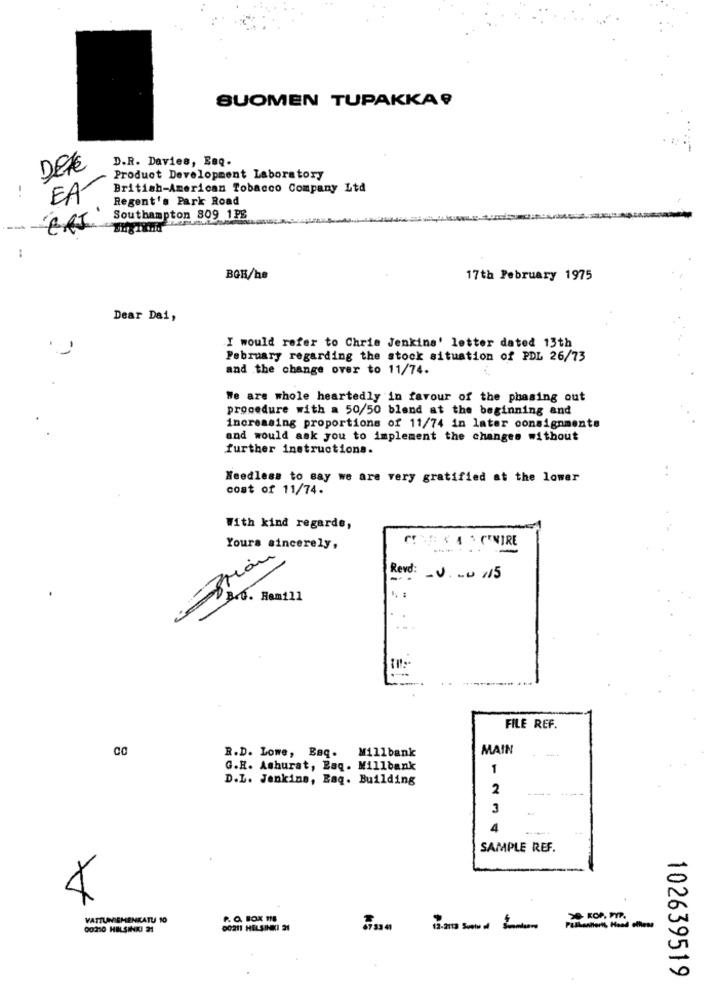
SUOMEN TUPAKKA ?
D.R. Davies, Esq.
DEVE
Product Development Laboratory
-.
EA-
British-American Tobacco Company Ltd
Regent's Park Road
Southampton 809 1PS
--
BGH/he
17th February 1975
Dear Dai,
.
I would refer to Chris Jenkins' letter dated 13th
February regarding the stock situation of PDL 26/73
and the change over to 11/74.
We are whole heartedly in favour of the phasing out
procedure with a 50/50 blend at the beginning and
increasing proportions of 11/74 in later consignments
and would ask you to implement the changes without
further instructions.
Needless to say we are very gratified at the lower
cost of 11/74.
With kind regards,
Yours sincerely,
C & CWIRE
Brian
Revd:
-V ... 115
FILE REF.
MAIN
R.D. Lowe, Baq. Millbank
G.H. Ashurat, Laq. Millbank
1
D.L. Jenkins, Eaq. Building
2
--
3
4
SAMPLE REF.
4
VATTUNISHENKATU 10
00310 HELSINKI 21
00211 HELSINKI 21
----
102639519